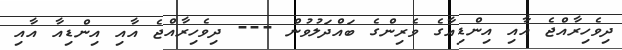
ދިވެހިރާއްޖެ އާއި އިންޑިއާގެ ވެރިންގެ ބައްދަލުވުން --- ދިވެހިރާއްޖެ އާއި އިންޑިއާ އާއި